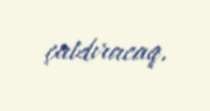
çatdıracaq.